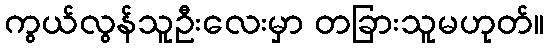
ကွယ်လွန်သူဦးလေးမှာ တခြားသူမဟုတ်။